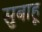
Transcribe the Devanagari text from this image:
सुबाहू